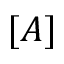
[ A ]